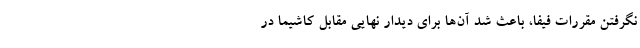
نگرفتن مقررات فیفا، باعث شد آن‌ها برای دیدار نهایی مقابل کاشیما در